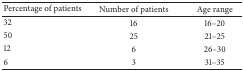
<table><thead><tr><td><b>Percentage of patients</b></td><td><b>Number of patients</b></td><td><b>Age range</b></td></tr></thead><tbody><tr><td>32</td><td>16</td><td>16–20</td></tr><tr><td>50</td><td>25</td><td>21–25</td></tr><tr><td>12</td><td>6</td><td>26–30</td></tr><tr><td>6</td><td>3</td><td>31–35</td></tr></tbody></table>